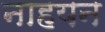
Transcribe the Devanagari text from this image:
नाहयन